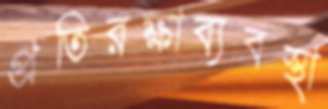
প্রতিরক্ষাব্যবস্থা